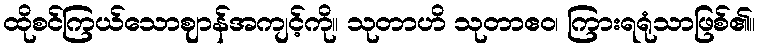
ထိုစင်ကြယ်သောဈာန်အကျင့်ကို။ သုတာဟိ သုတာဧဝ၊ ကြားရရုံသာဖြစ်၏။